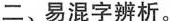
二、易混字辨析。